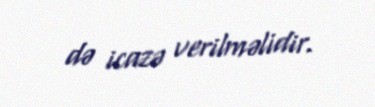
də icazə verilməlidir.